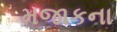
મજાકના